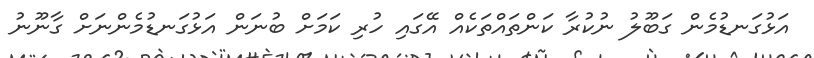
އަޅުގަނޑުމެން ގަބޫލު ނުކުރާ ކަންތައްތަކެއް އޭގައި ހުރި ކަމަށް ބުނަން އަޅުގަނޑުމެންނަށް ގާނޫނު